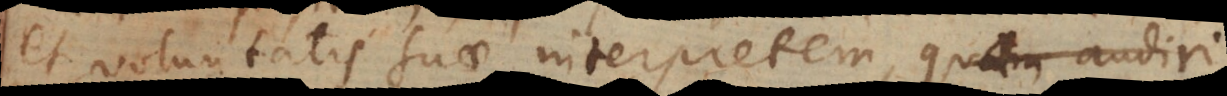
et voluntatis suae interpretem, quam audiri